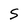
Character: S